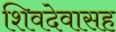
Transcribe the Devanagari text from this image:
शिवदेवासह